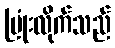
ပြုံးလိုက်သည်